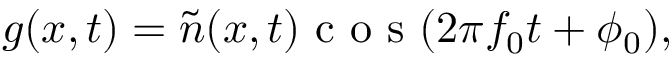
g ( x , t ) = \widetilde { n } ( x , t ) \mathrm { ~ c ~ o ~ s ~ } ( 2 \pi f _ { 0 } t + \phi _ { 0 } ) ,